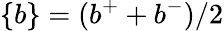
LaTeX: \{ b\} =(b^{+}+b^{-})/2